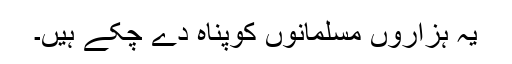
یہ ہزاروں مسلمانوں کوپناہ دے چکے ہیں۔